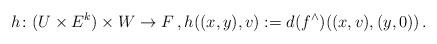
LaTeX: \begin{align*}h\colon (U\times E^k)\times W\to F\,,h((x,y),v):=d(f^\wedge)((x,v),(y,0))\,.\end{align*}